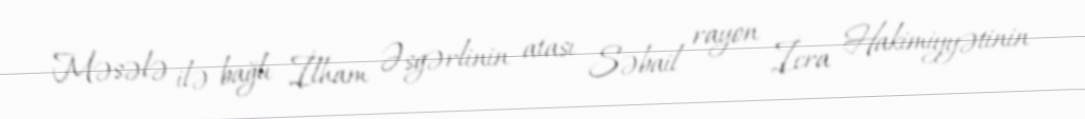
Məsələ ilə bağlı İlham Əsgərlinin atası Səbail rayon İcra Hakimiyyətinin